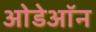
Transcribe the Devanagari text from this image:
ओडेऑन